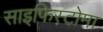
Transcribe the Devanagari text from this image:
साइफिस्टोमा